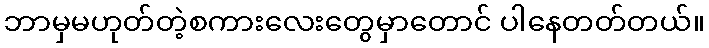
ဘာမှမဟုတ်တဲ့စကားလေးတွေမှာတောင် ပါနေတတ်တယ်။